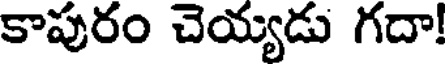
కాపురం చెయ్యడు గదా!